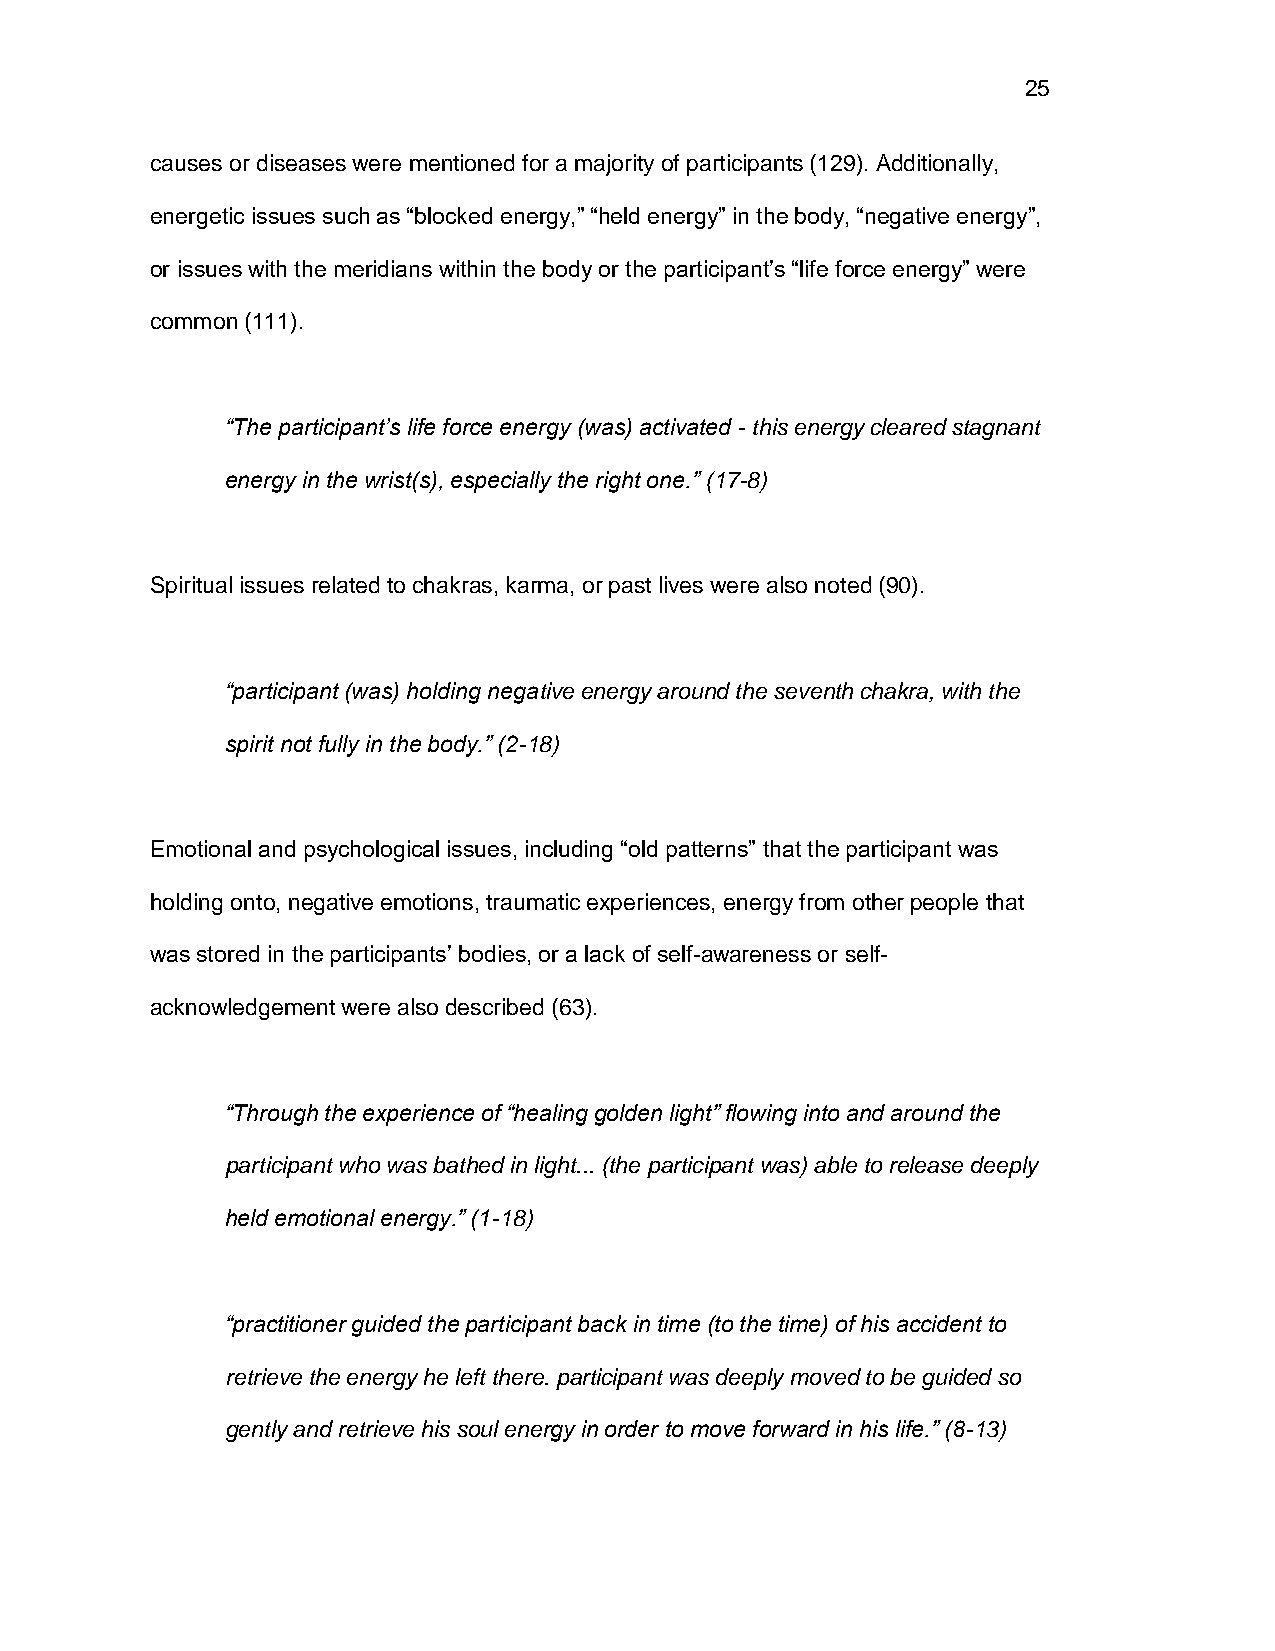
25
 causes or diseases were mentioned for a majority of participants (129). Additionally,
 energetic issues such as “blocked energy,” “held energy” in the body, “negative energy”,
 or issues with the meridians within the body or the participant’s “life force energy” were
 common (111).
 “The participant’s life force energy (was) activated - this energy cleared stagnant
 energy in the wrist(s), especially the right one.” (17-8)
 Spiritual issues related to chakras, karma, or past lives were also noted (90).
 “participant (was) holding negative energy around the seventh chakra, with the
 spirit not fully in the body.” (2-18)
 Emotional and psychological issues, including “old patterns” that the participant was
 holding onto, negative emotions, traumatic experiences, energy from other people that
 was stored in the participants’ bodies, or a lack of self-awareness or self-
 acknowledgement were also described (63).
 “Through the experience of “healing golden light” flowing into and around the
 participant who was bathed in light... (the participant was) able to release deeply
 held emotional energy.” (1-18)
 “practitioner guided the participant back in time (to the time) of his accident to
 retrieve the energy he left there. participant was deeply moved to be guided so
 gently and retrieve his soul energy in order to move forward in his life.” (8-13)